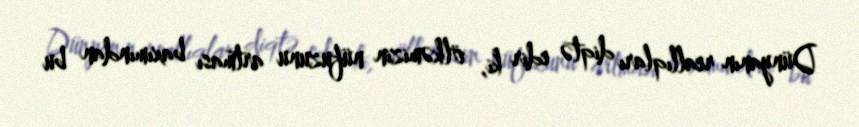
Dünyanın reallıqları diqtə edir ki, ölkəmizin nüfuzunu artması baxımından bu